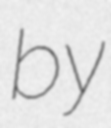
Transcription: by